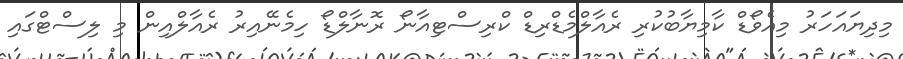
މިދިޔައަހަރު މިއެވޯޑް ކާމިޔާބުކުރި ރެއާލްމެޑްރިޑް ކްރިސްޓިއާނޯ ރޮނާލްޑޯ ހިމެނޭއިރު ރެއާލްއިން މި ލިސްޓްގައި